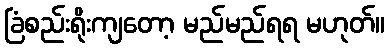
ခြံစည်းရိုးကျတော့ မည်မည်ရရ မဟုတ်။